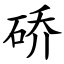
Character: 硚